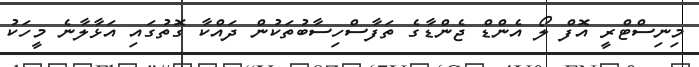
މިނިސްޓްރީ އޮފް ލޯ އެންޑް ޖެންޑާގެ ތަފާސްހިސާބުތަކުން ދައްކާ ގޮތުގައި އަޅާލާނެ މީހަކު